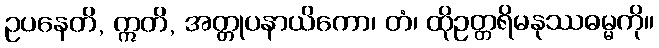
ဥပနေတိ, ဣတိ, အတ္တုပနာယိကော၊ တံ၊ ထိုဥတ္တရိမနုဿဓမ္မကို။